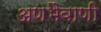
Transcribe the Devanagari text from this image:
अणभैवाणी